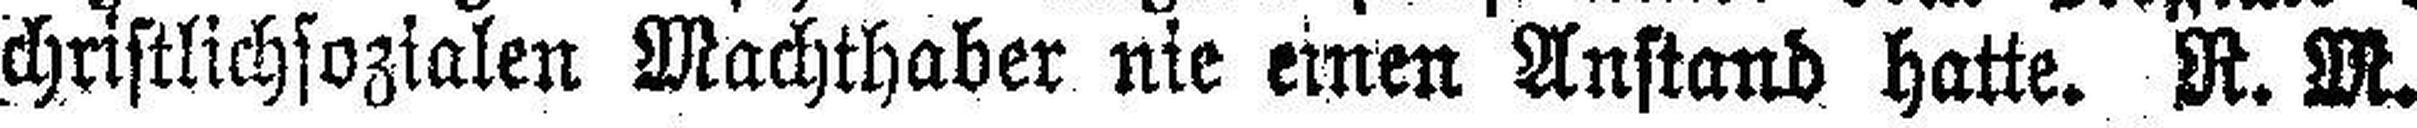
christlichsozialen Machthaber nie einen Anstand hatte. R. M.